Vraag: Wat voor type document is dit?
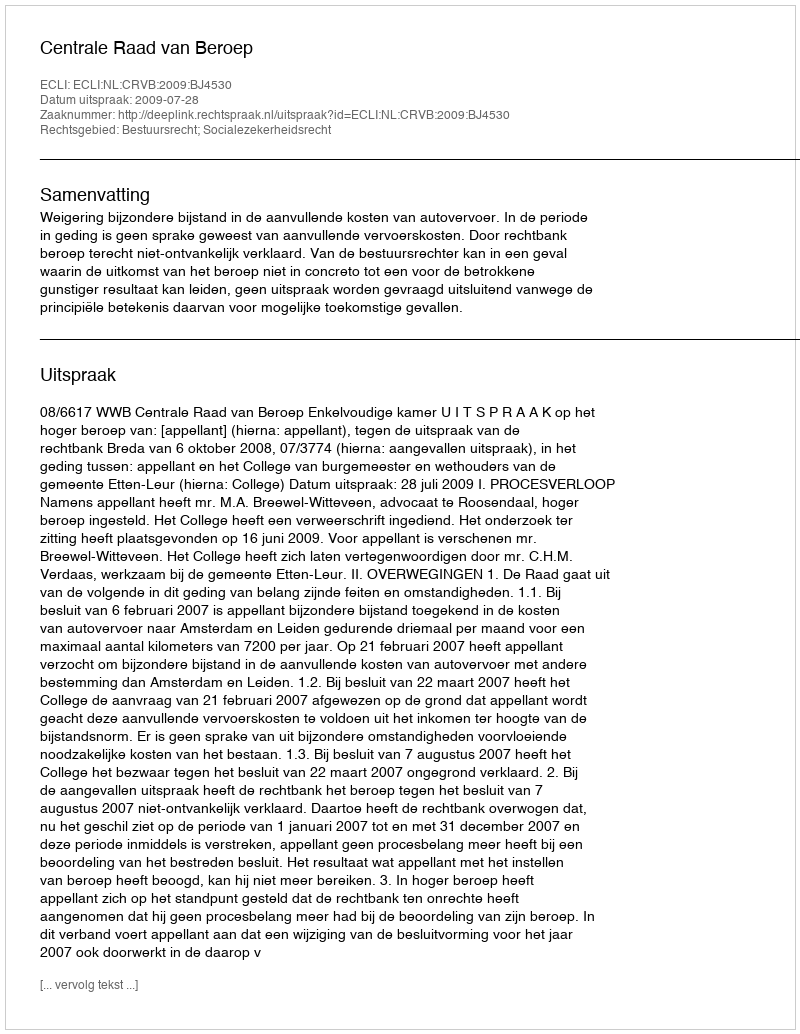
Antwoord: Uitspraak